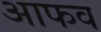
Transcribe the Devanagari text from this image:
आफव